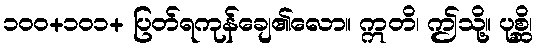
၁၀၀+၁၀၁+ ပြတ်ရကုန်ချေ၏လော။ ဣတိ၊ ဤသို့။ ပုစ္ဆိ၊